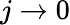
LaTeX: j\rightarrow 0